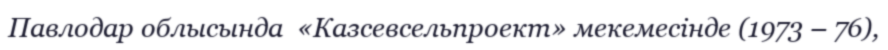
Павлодар облысында  «Казсевсельпроект» мекемесінде (1973 – 76),